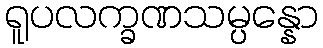
ရူပလက္ခဏသမ္ပန္နော